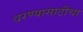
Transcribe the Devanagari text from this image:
धरण्यासाठीचा